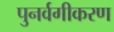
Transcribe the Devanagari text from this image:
पुनर्वगीकरण